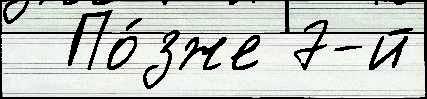
  По́зже 7-й